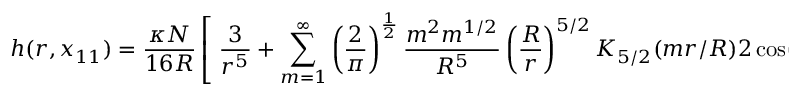
h ( r , x _ { 1 1 } ) = \frac { \kappa N } { 1 6 R } \left[ \; \frac { 3 } { r ^ { 5 } } + \sum _ { m = 1 } ^ { \infty } \left( \frac { 2 } { \pi } \right) ^ { \frac { 1 } { 2 } } \frac { m ^ { 2 } m ^ { 1 / 2 } } { R ^ { 5 } } \left( \frac { R } { r } \right) ^ { 5 / 2 } K _ { 5 / 2 } ( m r / R ) 2 \cos ( m x _ { 1 1 } / R ) \; \right] .